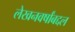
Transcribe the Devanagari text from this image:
लेखनवर्षांबद्दल